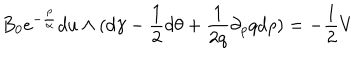
B _ { 0 } e ^ { - { \frac { \rho } { \alpha } } } d u \wedge ( d \gamma - { \frac { 1 } { 2 } } d \theta + { \frac { 1 } { 2 q } } \partial _ { \rho } q d \rho ) = - { \frac { 1 } { 2 } } V